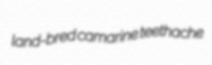
land-bred camarine teethache